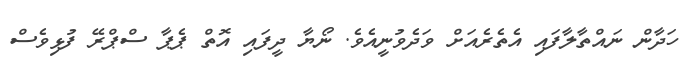
ހަދާން ނައްތާލާފައި އެތެރެއަށް ވަދެވުނީއެވެ. ނޯޔާ ދީފައި އޮތް ޕެޕާ ސްޕްރޭ ފުޅިވެސް